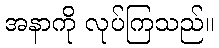
အနာကို လုပ်ကြသည်။